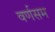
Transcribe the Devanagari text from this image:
वर्णसम